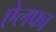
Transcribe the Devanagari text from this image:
ऐलफा